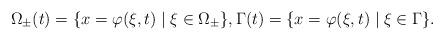
LaTeX: \begin{align*}\Omega_\pm(t) &= \{x = \varphi(\xi, t) \mid \xi \in \Omega_\pm\}, \Gamma(t) = \{x = \varphi(\xi, t) \mid \xi \in \Gamma\}. \end{align*}